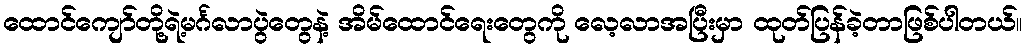
ထောင်ကျော်တို့ရဲ့မင်္ဂလာပွဲတွေနဲ့ အိမ်ထောင်ရေးတွေကို လေ့လာအပြီးမှာ ထုတ်ပြန်ခဲ့တာဖြစ်ပါတယ်။